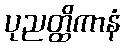
ပုညတ္ထိကာနံ